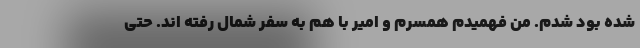
شده بود شدم. من فهمیدم همسرم و امیر با هم به سفر شمال رفته اند. حتی